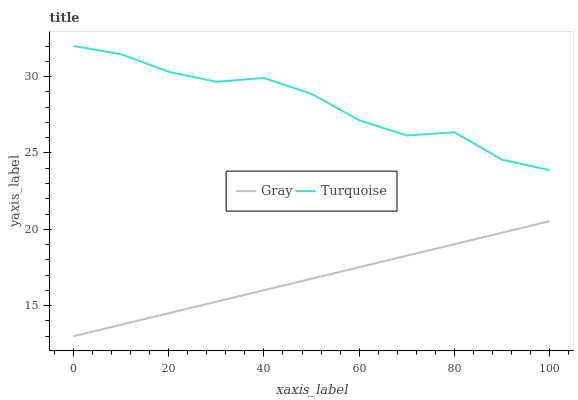
| xaxis_label | Gray | Turquoise |
 | --- | --- | --- |
 | 0 | 13 | 32 |
 | 10 | 13.8 | 31.5 |
 | 20 | 14.5 | 30.3 |
 | 30 | 15.3 | 29.7 |
 | 40 | 16 | 29.9 |
 | 50 | 16.8 | 28.9 |
 | 60 | 17.5 | 27.1 |
 | 70 | 18.3 | 26.1 |
 | 80 | 19 | 26.4 |
 | 90 | 19.8 | 24.6 |
 | 100 | 20.5 | 23.9 |